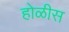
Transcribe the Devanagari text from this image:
होळीस